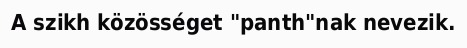
A szikh közösséget "panth"nak nevezik.